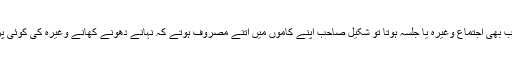
یہ لکھتے ہیں کہ جب بھی اجتماع وغیرہ یا جلسہ ہوتا تو شکیل صاحب اپنے کاموں میں اتنے مصروف ہوتے کہ نہانے دھونے کھانے وغیرہ کی کوئی پرواہ نہیں ہوتی تھی۔